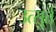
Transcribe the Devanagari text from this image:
उत्सुर्त